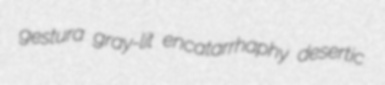
gestura gray-lit encatarrhaphy desertic